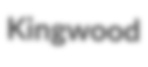
Kingwood